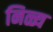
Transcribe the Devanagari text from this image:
निळ्य